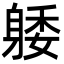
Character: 躷